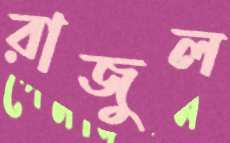
রাজুল